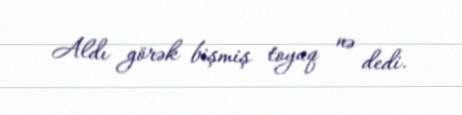
Aldı görək bişmiş toyuq nə dedi.